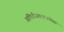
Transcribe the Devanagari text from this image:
अतिवीजवाहकतेवर